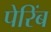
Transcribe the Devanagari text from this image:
पेरिंब